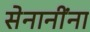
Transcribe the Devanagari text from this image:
सेनानींना